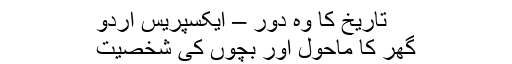
تاریخ کا وہ دور – ایکسپریس اردو
گھر کا ماحول اور بچوں کی شخصیت